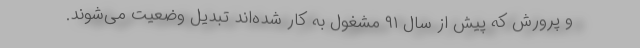
و پرورش که پیش از سال ۹۱ مشغول به کار شده‌اند تبدیل وضعیت می‌شوند.